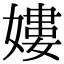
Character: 㜢